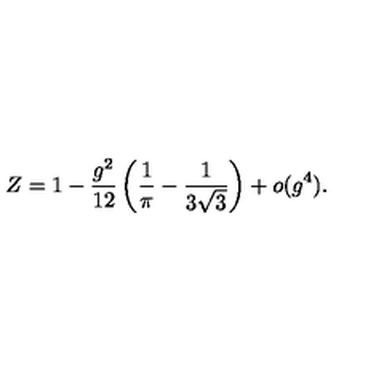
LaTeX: Z = 1 - \frac { g ^ { 2 } } { 1 2 } \left( \frac { 1 } { \pi } - \frac { 1 } { 3 \sqrt { 3 } } \right) + o ( g ^ { 4 } ) .